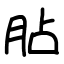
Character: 胋